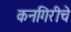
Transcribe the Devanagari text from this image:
कनगिरीचे